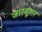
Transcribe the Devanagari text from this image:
जारबूशर